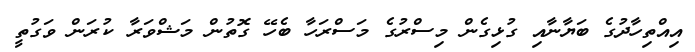
އިއްތިހާދުގެ ބަޔާނާއި ގުޅިގެން މިސްރުގެ މަސްރަހާ ބެހޭ ގޮތުން މަޝްވަރާ ކުރަން ވަގުތީ